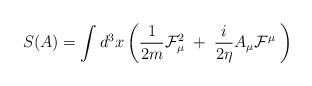
\begin{align*}S(A)=\int d^{3}x\left( \frac{1}{2m}\mathcal{F}_{\mu }^{2}\;+\;\frac{i}{2\eta }A_{\mu }\mathcal{F}^{\mu }\;\right) \; \end{align*}